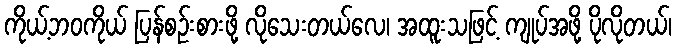
ကိုယ့်ဘဝကိုယ် ပြန်စဉ်းစားဖို့ လိုသေးတယ်လေ၊ အထူးသဖြင့် ကျုပ်အဖို့ ပိုလိုတယ်၊